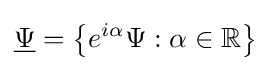
{\underline {\Psi }}=\left\{e^{i\alpha }\Psi :\alpha \in \mathbb {R} \right\}